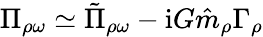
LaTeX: \Pi_{\rho\omega}\simeq\tilde{\Pi}_{\rho\omega}-\mathrm{i}G\hat{m}_{\rho}\Gamma_{\rho}